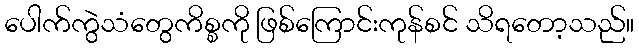
ပေါက်ကွဲသံတွေကိစ္စကို ဖြစ်ကြောင်းကုန်စင် သိရတော့သည်။